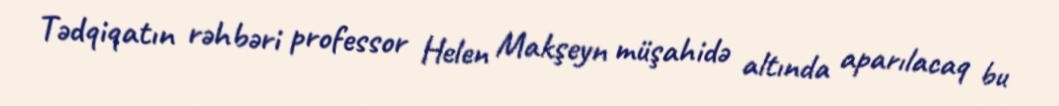
Tədqiqatın rəhbəri professor Helen Makşeyn müşahidə altında aparılacaq bu